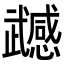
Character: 𭭹